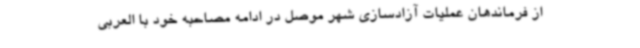
از فرماندهان عملیات آزادسازی شهر موصل در ادامه مصاحبه خود با العربی